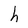
Character: h